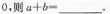
0，则$$a+b=___$$.